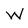
Character: W